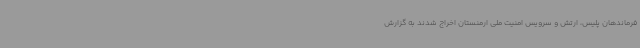
فرماندهان پلیس، ارتش و سرویس امنیت ملی ارمنستان اخراج شدند به گزارش